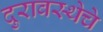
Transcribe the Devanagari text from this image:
दुरावस्थेचे